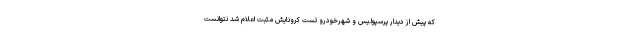
که پیش از دیدار پرسپولیس و شهرخودرو تست کرونایش مثبت اعلام شد نتوانست